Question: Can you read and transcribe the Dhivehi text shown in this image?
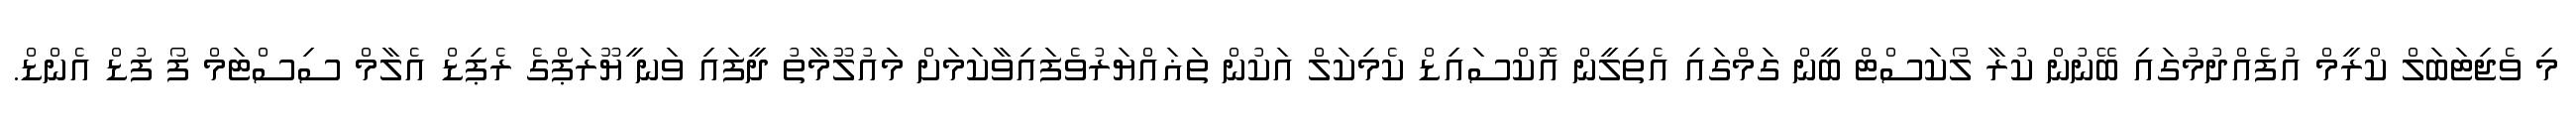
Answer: މި ވެޖިޓަބަލް ކްރީމް އުފެއްދުމުގައި ބޭނުން ކުރާ ލޯކަސްޓް ބީން ގަމްގައި އެތިލީން އޮކްސައިޑް ކެމިކަލް އަކުން ތަޣައްޔަރުވެފައިވާކަމަށް މައުލޫމާތު ދީފައި ވަނ ީޔޫރަޕްގެ ރެޕިޑް އެލާމް ސިސްޓަމް ފޯ ފުޑް އެންޑް.